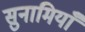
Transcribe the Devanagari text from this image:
सुनामियाँ